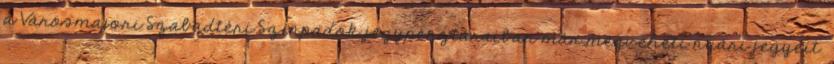
a Városmajori Szabadtéri Színpadok jegypénztáraiban már megveheti nyári jegyeit.